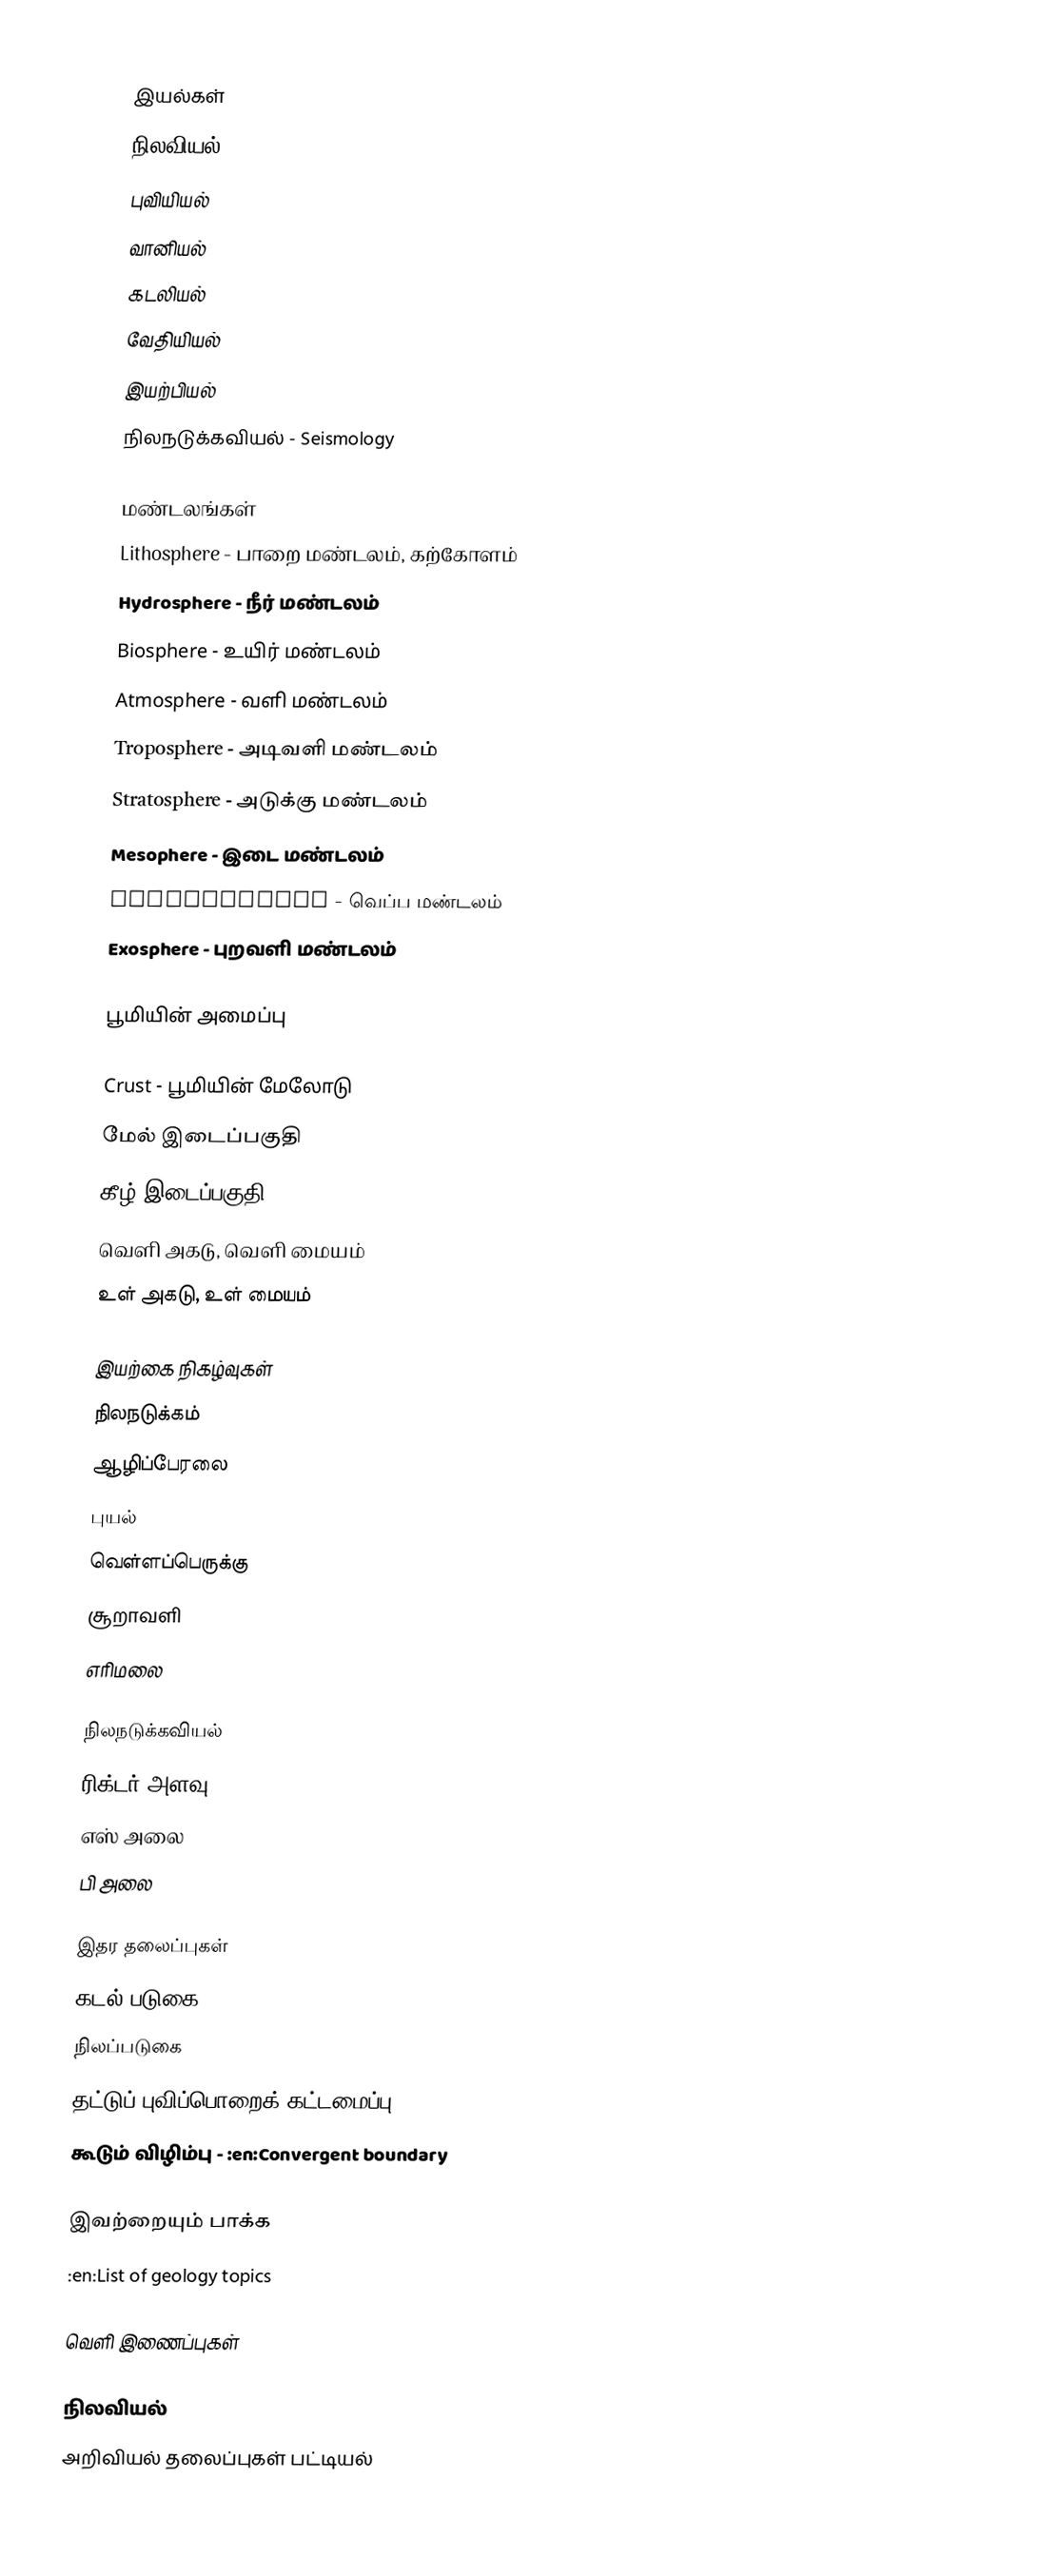

இயல்கள்
 நிலவியல்
 புவியியல்
 வானியல்
 கடலியல்
 வேதியியல்
 இயற்பியல்
 நிலநடுக்கவியல் - Seismology

மண்டலங்கள்
 Lithosphere - பாறை மண்டலம், கற்கோளம்
 Hydrosphere - நீர் மண்டலம்
 Biosphere - உயிர் மண்டலம்
 Atmosphere - வளி மண்டலம்
 Troposphere - அடிவளி மண்டலம்
 Stratosphere -  அடுக்கு மண்டலம்
 Mesophere - இடை மண்டலம்
 Thermosphere - வெப்ப மண்டலம்
 Exosphere - புறவளி மண்டலம்

பூமியின் அமைப்பு

 Crust - பூமியின் மேலோடு
 மேல் இடைப்பகுதி
 கீழ் இடைப்பகுதி
 வெளி அகடு, வெளி மையம்
 உள் அகடு, உள் மையம்

இயற்கை நிகழ்வுகள்
 நிலநடுக்கம்
 ஆழிப்பேரலை
 புயல்
 வெள்ளப்பெருக்கு
 சூறாவளி
 எரிமலை

நிலநடுக்கவியல்
 ரிக்டர் அளவு
 எஸ் அலை
 பி அலை

இதர தலைப்புகள்
 கடல் படுகை
 நிலப்படுகை
 தட்டுப் புவிப்பொறைக் கட்டமைப்பு
 கூடும் விழிம்பு - :en:Convergent boundary

இவற்றையும் பாக்க
 :en:List of geology topics

வெளி இணைப்புகள்

நிலவியல்
அறிவியல் தலைப்புகள் பட்டியல்